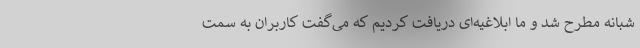
شبانه مطرح شد و ما ابلاغیه‌ای دریافت کردیم که می‌گفت کاربران به سمت